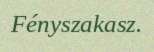
Fényszakasz.